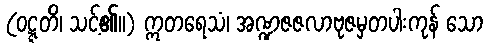
(ဝဋ္ဋတိ၊ သင့်၏။) ဣတရေသံ၊ အဏ္ဍဇဇလာဗုဇမှတပါးကုန် သော